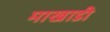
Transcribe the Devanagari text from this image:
माखाडी